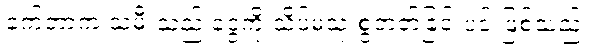
ခက်တာက သမီးသည် ငွေကို သိပ်မသုံးစွဲတတ်ခြင်းပင် ဖြစ်သည်။